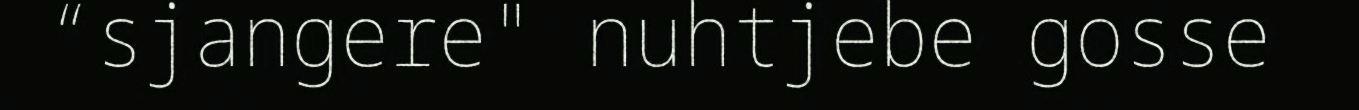
“sjangere" nuhtjebe gosse